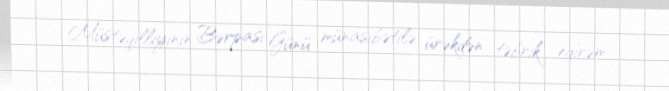
Müstəqilliyinin Bərpası Günü münasibətilə ürəkdən təbrik edirəm.